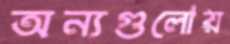
অন্যগুলোয়